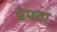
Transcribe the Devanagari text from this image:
प्रेमता